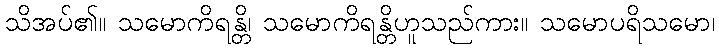
သိအပ်၏။ သမောကိရန္တိ၊ သမောကိရန္တိဟူသည်ကား။ သမောပရိသမော၊